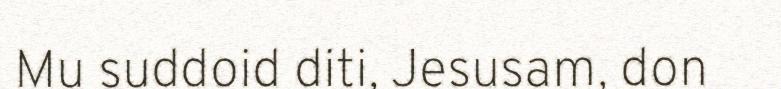
Mu suddoid diti, Jesusam, don